Annual report on the Civil Veterinary Department, Burma (including the Insein Veterinary School) - 1932-1941
Year: 1932
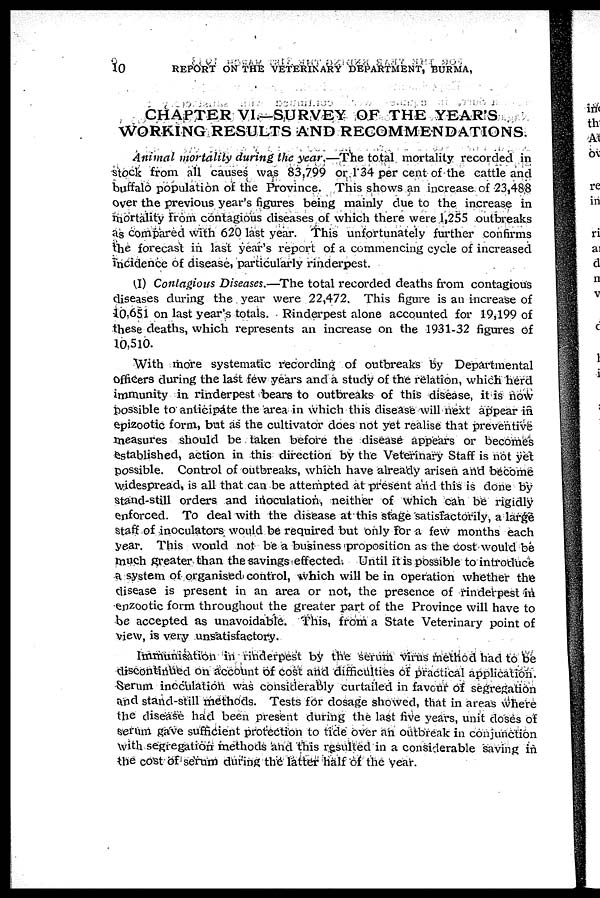
10
REPORT ON THE VETERINARY DEPARTMENT, BURMA,
CHAPTER VI.—SURVEY OF THE YEAR'S
WORKING RESULTS AND RECOMMENDATIONS.
Animal mortality during the year.—The total mortality recorded in
stock from all causes was 83,799 or 1 34 per cent of the cattle and
buffalo population of the Province. This shows an increase of 23,488
over the previous year's figures being mainly due to the increase in
mortality from contagious diseases of which there were 1,255 outbreaks
as compared with 620 last year. This unfortunately further confirms
the forecast in last year's report of a commencing cycle of increased
incidence of disease, particularly rinderpest.
(1) Contagious Diseases.—The total recorded deaths from contagious
diseases during the year were 22,472, This figure is an increase of
10,651 on last year's totals. Rinderpest alone accounted for 19,199 of
these deaths, which represents an increase on the 1931-32 figures of
10,510.
With more systematic recording of outbreaks by Departmental
officers during the last few years and a study of the relation, which herd
immunity in rinderpest bears to outbreaks of this disease, it is now
possible to anticipate the area in which this disease will next appear in
epizootic form, but as the cultivator does not yet realise that preventive
measures should be taken before the disease appears or becomes
established, action in this direction by the Veterinary Staff is not yet
possible. Control of outbreaks, which have already arisen and become
widespread, is all that can be attempted at present and this is done by
stand-still orders and inoculation, neither of which can be rigidly
enforced. To deal with the disease at this stage satisfactorily, a large
staff of inoculators would be required but only for a few months each
year. This would not be a business proposition as the cost would be
much greater than the savings effected. Until it is possible to introduce
a system of organised control, which will be in operation whether the
disease is present in an area or not, the presence of rinderpest in
enzootic form throughout the greater part of the Province will have to
be accepted as unavoidable. This, from a State Veterinary point of
view, is very unsatisfactory.
Immunisation in rinderpest by the serum virus method had to be
discontinued on account of cost and difficulties of practical application.
Serum inoculation was considerably curtailed in favour of segregation
and stand-still methods. Tests for dosage showed, that in areas where
the disease had been present during the last five years, unit doses of
serum gave sufficient protection to tide over an outbreak in conjunction
with segregation methods and this resulted in a considerable saving in
the cost of serum during the latter half of the year.